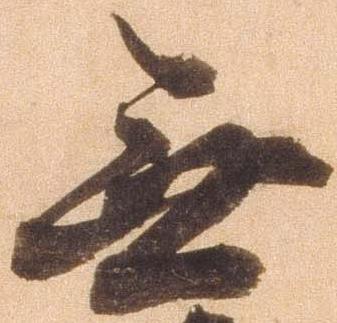
無